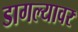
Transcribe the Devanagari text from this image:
डागल्यावर